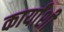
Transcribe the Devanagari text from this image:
कार्यांशी